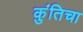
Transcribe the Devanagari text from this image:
कुंतिचा